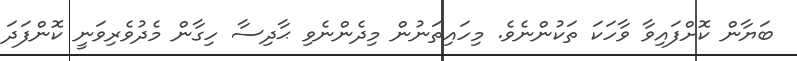
ބަޔާން ކޮށްފައިވާ ވާހަކަ ތަކުންނެވެ. މިހައިތަނުން މިދެންނެވި ޙާދިސާ ހިގާން މެދުވެރިވަނީ ކޮންފަދަ